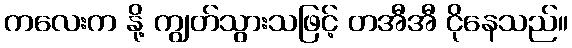
ကလေးက နို့ ကျွတ်သွားသဖြင့် တအီအီ ငိုနေသည်။